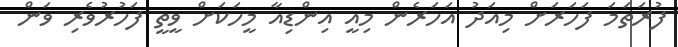
ފުރަތަމަ ފަހަރަށް މިއަދު އަހަރެން މިއީ އިންޑިއާ މީހަކަށް ވީތީ ފަހުރުވެރި ވަން